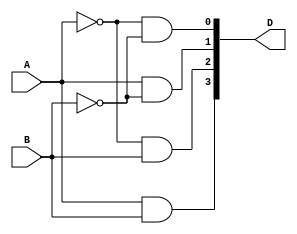
`timescale 1ns / 1ps
//////////////////////////////////////////////////////////////////////////////////
// Company: 
// Engineer: 
// 
// Design Name: 
// Module Name:    d2x4 
// Project Name: 
// Target Devices: 
// Tool versions: 
// Description: 
//
// Dependencies: 
//
// Revision: 
// Revision 0.01 - File Created
// Additional Comments: 
//
//////////////////////////////////////////////////////////////////////////////////
module d2x4(A,B,D);
input A,B;
output [3:0] D;
assign D[0]=~A&(~B);
assign D[1]=A&(~B);
assign D[2]=~A&B;
assign D[3]=A&B;


endmodule